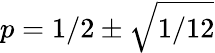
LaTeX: p=1/2\pm{\sqrt{1/12}}